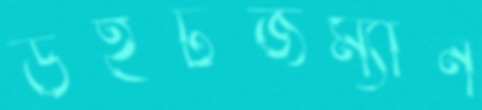
উইটজম্যান